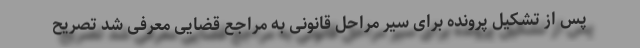
پس از تشکیل پرونده برای سیر مراحل قانونی به مراجع قضایی معرفی شد تصریح